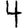
Digit: 4